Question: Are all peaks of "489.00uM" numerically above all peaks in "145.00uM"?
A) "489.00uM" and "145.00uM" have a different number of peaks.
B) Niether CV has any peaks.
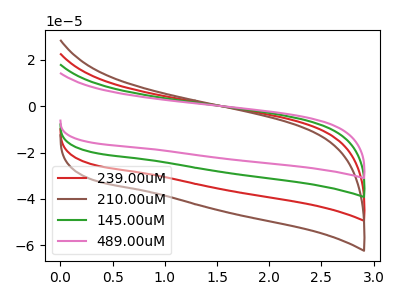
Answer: <think>The red curve "239.00uM" has no peaks. The brown curve "210.00uM" has no peaks. The green curve "145.00uM" has no peaks. The pink curve "489.00uM" has no peaks.</think>
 <answer>B) Niether CV has any peaks.</answer>
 <eval>B</eval>